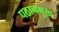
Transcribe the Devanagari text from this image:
पठानमुख